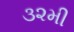
૩૨મી